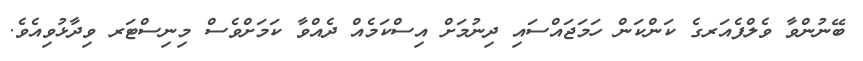
ބޭނުންވާ ވެލްފެއަރގެ ކަންކަން ހަމަޖައްސައި ދިނުމަށް އިސްކަމެއް ދެއްވާ ކަމަށްވެސް މިނިސްޓަރ ވިދާޅުވިއެވެ.